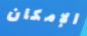
الإمكان